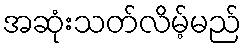
အဆုံးသတ်လိမ့်မည်